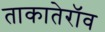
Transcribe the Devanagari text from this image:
ताकातेराॅव